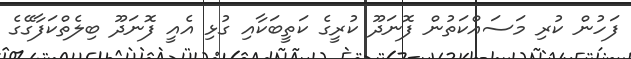
ފަހުން ކުރި މަސައްކަތުން ފޮނަދޫ ކުރީގެ ކަތީބަކާއި ގުޅި އެއީ ފޮނަދޫ ބިލެތްކަފާގޭގެ